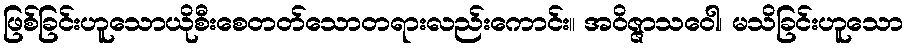
ဖြစ်ခြင်းဟူသောယိုစီးစေတတ်သောတရားလည်းကောင်း။ အဝိဇ္ဇာသဝေါ၊ မသိခြင်းဟူသော